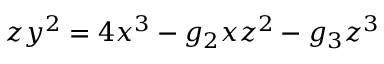
z y ^ { 2 } = 4 x ^ { 3 } - g _ { 2 } x z ^ { 2 } - g _ { 3 } z ^ { 3 }